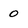
Character: 0